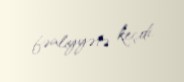
fəaliyyətə keçdi.